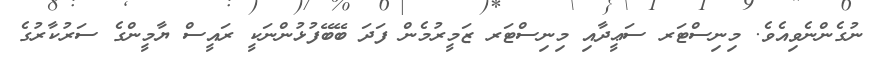
ނުގެންނެވިއެވެ. މިނިސްޓަރ ސަޢީދާއި މިނިސްޓަރ ޒަމީރުމެން ފަދަ ބޭބޭފުޅުންނަކީ ރައީސް ޔާމީންގެ ސަރުކާރުގެ